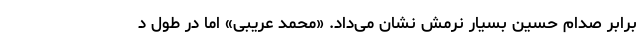
برابر صدام حسین بسیار نرمش نشان می‌داد. «محمد عریبی» اما در طول د